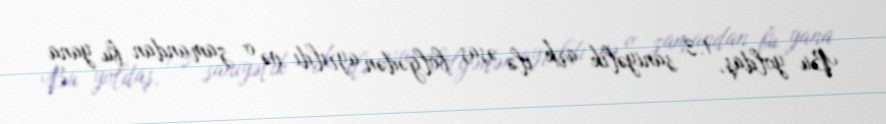
Bu yoldaş, 1.3 saniyəlik ark ilə əsas bölgədən ayrıldı və o zamandan bu yana